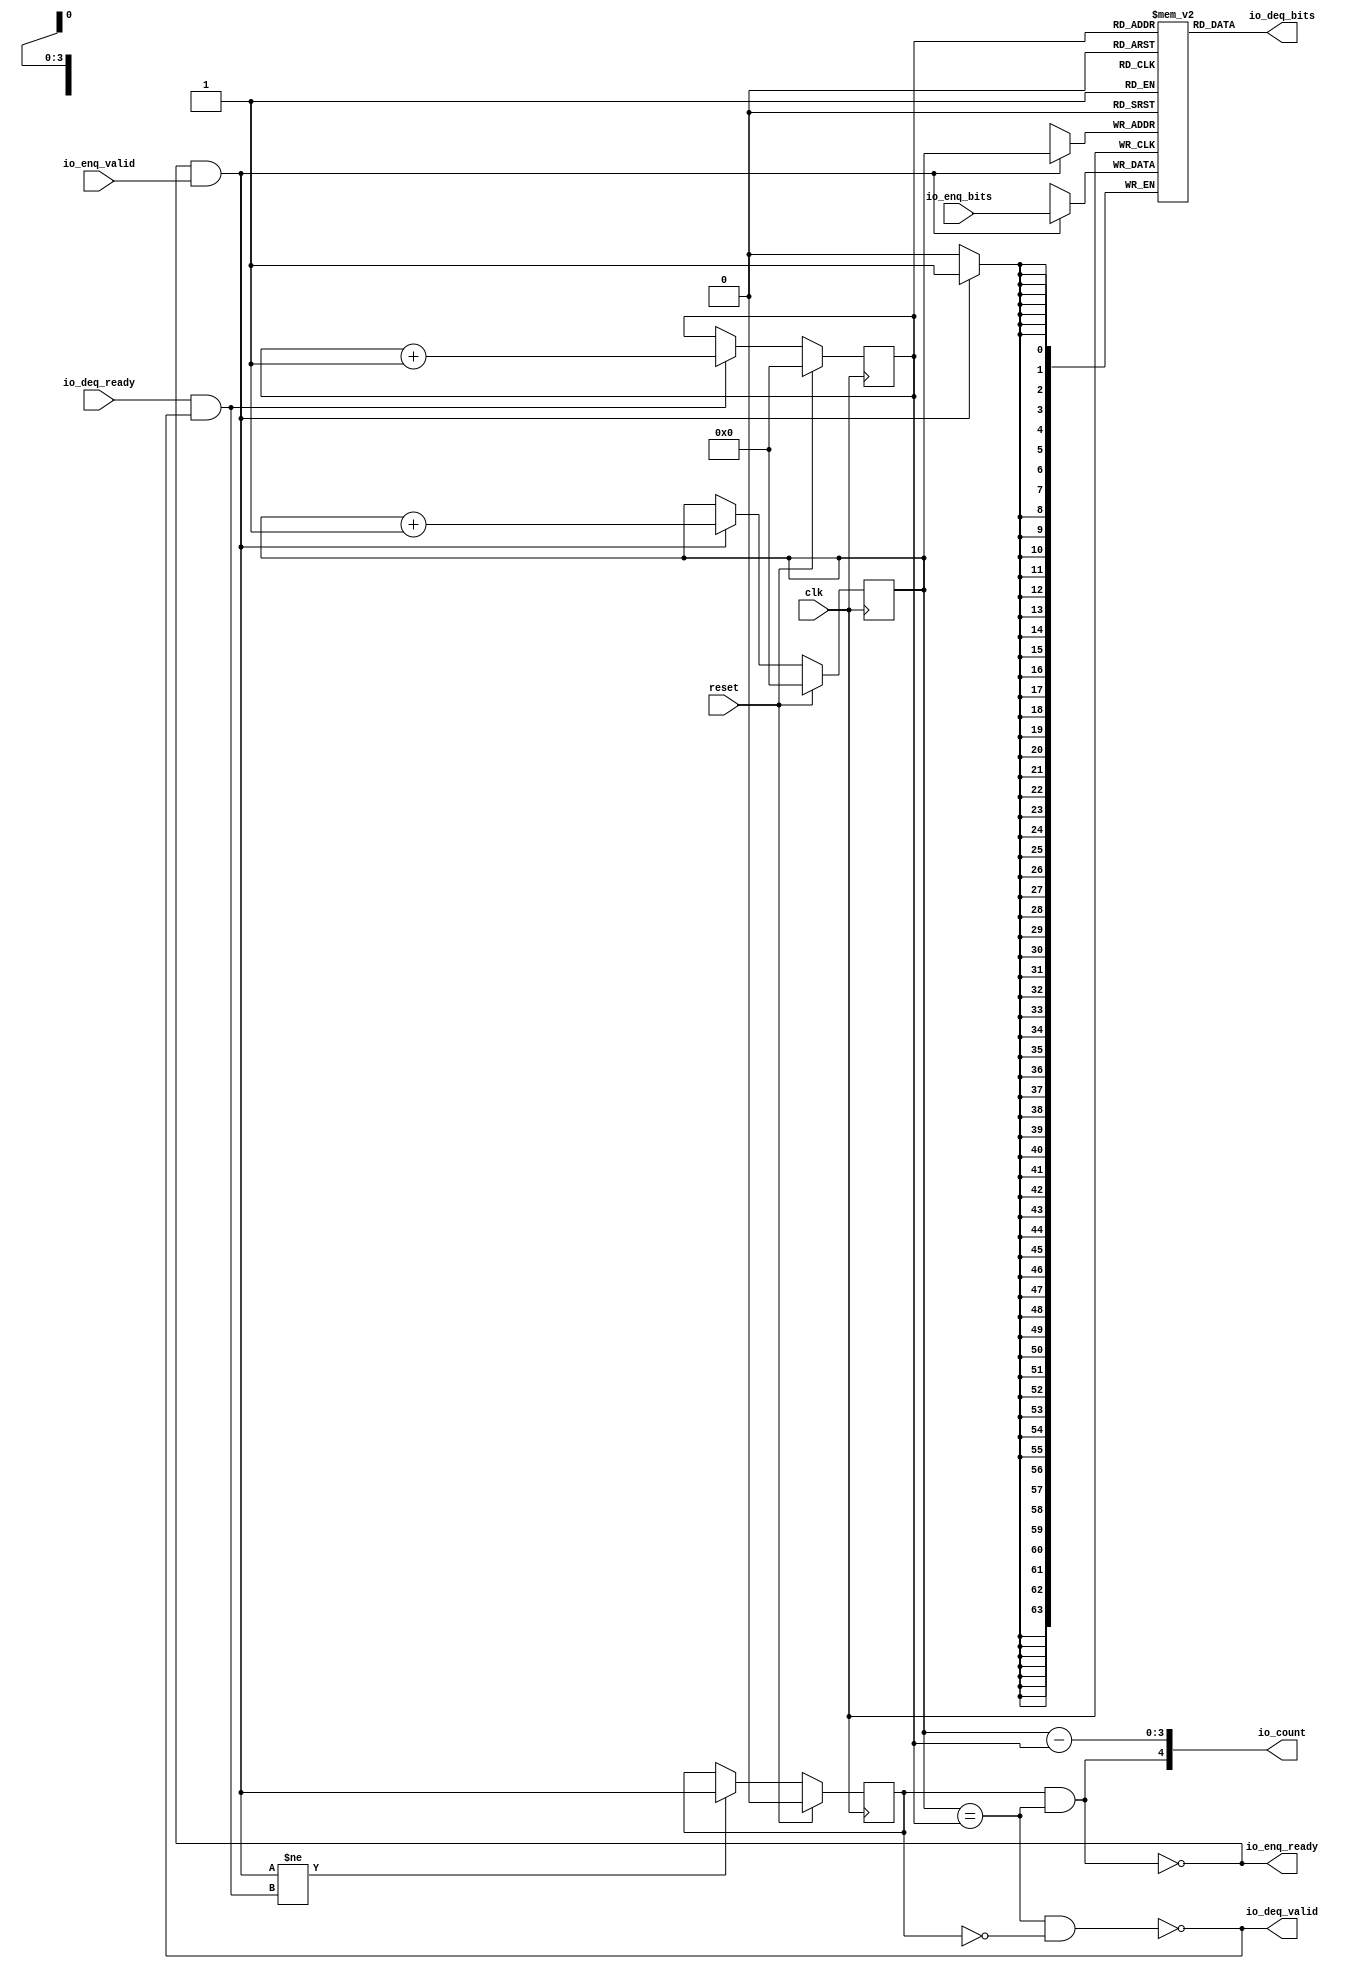
module Queue(input clk, input reset,
    output io_enq_ready,
    input  io_enq_valid,
    input [63:0] io_enq_bits,
    input  io_deq_ready,
    output io_deq_valid,
    output[63:0] io_deq_bits,
    output[4:0] io_count
);

  wire[4:0] T0;
  wire[3:0] ptr_diff;
  reg [3:0] R1;
  wire[3:0] T15;
  wire[3:0] T2;
  wire[3:0] T3;
  wire do_deq;
  reg [3:0] R4;
  wire[3:0] T16;
  wire[3:0] T5;
  wire[3:0] T6;
  wire do_enq;
  wire T7;
  wire ptr_match;
  reg  maybe_full;
  wire T17;
  wire T8;
  wire T9;
  wire[63:0] T10;
  reg [63:0] ram [15:0];
  wire[63:0] T11;
  wire T12;
  wire empty;
  wire T13;
  wire T14;
  wire full;

`ifndef SYNTHESIS
// synthesis translate_off
  integer initvar;
  initial begin
    #0.002;
    R1 = {1{$random}};
    R4 = {1{$random}};
    maybe_full = {1{$random}};
    for (initvar = 0; initvar < 16; initvar = initvar+1)
      ram[initvar] = {2{$random}};
  end
// synthesis translate_on
`endif

  assign io_count = T0;
  assign T0 = {T7, ptr_diff};
  assign ptr_diff = R4 - R1;
  assign T15 = reset ? 4'h0 : T2;
  assign T2 = do_deq ? T3 : R1;
  assign T3 = R1 + 4'h1;
  assign do_deq = io_deq_ready & io_deq_valid;
  assign T16 = reset ? 4'h0 : T5;
  assign T5 = do_enq ? T6 : R4;
  assign T6 = R4 + 4'h1;
  assign do_enq = io_enq_ready & io_enq_valid;
  assign T7 = maybe_full & ptr_match;
  assign ptr_match = R4 == R1;
  assign T17 = reset ? 1'h0 : T8;
  assign T8 = T9 ? do_enq : maybe_full;
  assign T9 = do_enq != do_deq;
  assign io_deq_bits = T10;
  assign T10 = ram[R1];
  assign io_deq_valid = T12;
  assign T12 = empty ^ 1'h1;
  assign empty = ptr_match & T13;
  assign T13 = maybe_full ^ 1'h1;
  assign io_enq_ready = T14;
  assign T14 = full ^ 1'h1;
  assign full = ptr_match & maybe_full;

  always @(posedge clk) begin
    if(reset) begin
      R1 <= 4'h0;
    end else if(do_deq) begin
      R1 <= T3;
    end
    if(reset) begin
      R4 <= 4'h0;
    end else if(do_enq) begin
      R4 <= T6;
    end
    if(reset) begin
      maybe_full <= 1'h0;
    end else if(T9) begin
      maybe_full <= do_enq;
    end
    if (do_enq)
      ram[R4] <= io_enq_bits;
  end
endmodule

module ResultDumper(input clk, input reset,
    input  io_start,
    input [15:0] io_wordCount,
    output io_finished,
    output[19:0] io_readAddr1,
    output[19:0] io_readAddr2,
    input [31:0] io_readData1,
    input [31:0] io_readData2,
    input  resultVector_TREADY,
    output resultVector_TVALID,
    output[63:0] resultVector_TDATA
);

  wire[63:0] T0;
  reg  regValid3;
  wire T37;
  reg  regValid2;
  wire T38;
  reg  regValid1;
  wire T39;
  wire T1;
  wire T2;
  wire T3;
  reg [3:0] regReqCount;
  wire[3:0] T40;
  wire[31:0] T41;
  wire[31:0] T4;
  wire[31:0] T5;
  wire[31:0] T42;
  wire[3:0] T6;
  wire T7;
  reg [1:0] regState;
  wire[1:0] T43;
  wire[1:0] T8;
  wire[1:0] T9;
  wire[1:0] T10;
  wire[1:0] T11;
  wire[1:0] T12;
  wire T13;
  wire T14;
  wire T15;
  reg [31:0] regWordsLeft;
  wire[31:0] T44;
  wire[31:0] T16;
  wire[31:0] T17;
  wire[31:0] T45;
  wire[31:0] T18;
  wire T19;
  wire T20;
  wire T21;
  wire T22;
  wire T23;
  wire[31:0] T24;
  wire T25;
  wire T26;
  wire T27;
  wire hasRoom;
  wire T28;
  wire[31:0] T46;
  wire[3:0] T29;
  wire T30;
  wire[19:0] T47;
  wire[24:0] T31;
  wire[19:0] T32;
  reg [19:0] regReadAddr;
  wire[19:0] T48;
  wire[19:0] T33;
  wire[19:0] T34;
  wire[19:0] T35;
  wire[19:0] T49;
  wire[24:0] T36;
  wire resDumpQueue_io_deq_valid;
  wire[63:0] resDumpQueue_io_deq_bits;
  wire[4:0] resDumpQueue_io_count;

`ifndef SYNTHESIS
// synthesis translate_off
  integer initvar;
  initial begin
    #0.002;
    regValid3 = {1{$random}};
    regValid2 = {1{$random}};
    regValid1 = {1{$random}};
    regReqCount = {1{$random}};
    regState = {1{$random}};
    regWordsLeft = {1{$random}};
    regReadAddr = {1{$random}};
  end
// synthesis translate_on
`endif

  assign T0 = {io_readData2, io_readData1};
  assign T37 = reset ? 1'h0 : regValid2;
  assign T38 = reset ? 1'h0 : regValid1;
  assign T39 = reset ? 1'h0 : T1;
  assign T1 = T30 & T2;
  assign T2 = T3 ^ 1'h1;
  assign T3 = regReqCount == 4'h0;
  assign T40 = T41[2'h3:1'h0];
  assign T41 = reset ? 32'h0 : T4;
  assign T4 = T1 ? T46 : T5;
  assign T5 = T26 ? T24 : T42;
  assign T42 = {28'h0, T6};
  assign T6 = T7 ? 4'h0 : regReqCount;
  assign T7 = 2'h0 == regState;
  assign T43 = reset ? 2'h0 : T8;
  assign T8 = T21 ? 2'h0 : T9;
  assign T9 = T20 ? 2'h1 : T10;
  assign T10 = T26 ? 2'h2 : T11;
  assign T11 = T14 ? 2'h3 : T12;
  assign T12 = T13 ? 2'h1 : regState;
  assign T13 = T7 & io_start;
  assign T14 = T19 & T15;
  assign T15 = regWordsLeft == 32'h0;
  assign T44 = reset ? 32'h0 : T16;
  assign T16 = T1 ? T18 : T17;
  assign T17 = T7 ? T45 : regWordsLeft;
  assign T45 = {16'h0, io_wordCount};
  assign T18 = regWordsLeft - 32'h1;
  assign T19 = 2'h1 == regState;
  assign T20 = T30 & T3;
  assign T21 = T23 & T22;
  assign T22 = io_start ^ 1'h1;
  assign T23 = 2'h3 == regState;
  assign T24 = T25 ? 32'h3 : regWordsLeft;
  assign T25 = 32'h3 < regWordsLeft;
  assign T26 = T19 & T27;
  assign T27 = T28 & hasRoom;
  assign hasRoom = resDumpQueue_io_count < 5'h9;
  assign T28 = T15 ^ 1'h1;
  assign T46 = {28'h0, T29};
  assign T29 = regReqCount - 4'h1;
  assign T30 = 2'h2 == regState;
  assign resultVector_TDATA = resDumpQueue_io_deq_bits;
  assign resultVector_TVALID = resDumpQueue_io_deq_valid;
  assign io_readAddr2 = T47;
  assign T47 = T31[5'h13:1'h0];
  assign T31 = T32 << 3'h5;
  assign T32 = regReadAddr + 20'h1;
  assign T48 = reset ? 20'h0 : T33;
  assign T33 = T1 ? T35 : T34;
  assign T34 = T7 ? 20'h0 : regReadAddr;
  assign T35 = regReadAddr + 20'h2;
  assign io_readAddr1 = T49;
  assign T49 = T36[5'h13:1'h0];
  assign T36 = regReadAddr << 3'h5;
  assign io_finished = T23;
  Queue resDumpQueue(.clk(clk), .reset(reset),
       //.io_enq_ready(  )
       .io_enq_valid( regValid3 ),
       .io_enq_bits( T0 ),
       .io_deq_ready( resultVector_TREADY ),
       .io_deq_valid( resDumpQueue_io_deq_valid ),
       .io_deq_bits( resDumpQueue_io_deq_bits ),
       .io_count( resDumpQueue_io_count )
  );

  always @(posedge clk) begin
    if(reset) begin
      regValid3 <= 1'h0;
    end else begin
      regValid3 <= regValid2;
    end
    if(reset) begin
      regValid2 <= 1'h0;
    end else begin
      regValid2 <= regValid1;
    end
    if(reset) begin
      regValid1 <= 1'h0;
    end else begin
      regValid1 <= T1;
    end
    regReqCount <= T40;
    if(reset) begin
      regState <= 2'h0;
    end else if(T21) begin
      regState <= 2'h0;
    end else if(T20) begin
      regState <= 2'h1;
    end else if(T26) begin
      regState <= 2'h2;
    end else if(T14) begin
      regState <= 2'h3;
    end else if(T13) begin
      regState <= 2'h1;
    end
    if(reset) begin
      regWordsLeft <= 32'h0;
    end else if(T1) begin
      regWordsLeft <= T18;
    end else if(T7) begin
      regWordsLeft <= T45;
    end
    if(reset) begin
      regReadAddr <= 20'h0;
    end else if(T1) begin
      regReadAddr <= T35;
    end else if(T7) begin
      regReadAddr <= 20'h0;
    end
  end
endmodule

module SparseFrontierFrontend(input clk, input reset,
    input [31:0] io_ctrl,
    output[31:0] io_state,
    input [31:0] io_rowCount,
    output[31:0] io_frontierSize,
    input [31:0] io_expectedFrontierSize,
    output[31:0] io_processedNZCount,
    output rowIndData_TREADY,
    input  rowIndData_TVALID,
    input [63:0] rowIndData_TDATA,
    output rowIndMetadata_TREADY,
    input  rowIndMetadata_TVALID,
    input [31:0] rowIndMetadata_TDATA,
    output[19:0] io_resMemPort1_addr,
    input [31:0] io_resMemPort1_dataRead,
    output io_resMemPort1_writeEn,
    output io_resMemPort1_dataWrite,
    output[19:0] io_resMemPort2_addr,
    input [31:0] io_resMemPort2_dataRead,
    output io_resMemPort2_writeEn,
    output io_resMemPort2_dataWrite,
    input  resultVectorOut_TREADY,
    output resultVectorOut_TVALID,
    output[63:0] resultVectorOut_TDATA
);

  wire[15:0] T0;
  reg [31:0] regRowCount;
  wire[31:0] T87;
  wire[31:0] T1;
  wire T2;
  reg [2:0] regState;
  wire[2:0] T88;
  wire[2:0] T3;
  wire[2:0] T4;
  wire[2:0] T5;
  wire[2:0] T6;
  wire[2:0] T7;
  wire[2:0] T8;
  wire[2:0] T9;
  wire[2:0] T10;
  wire[2:0] T11;
  wire T12;
  wire enableBRAMReset;
  wire T13;
  wire startAccel;
  wire T14;
  wire T15;
  wire enableBRAMDump;
  wire T16;
  wire T17;
  wire T18;
  wire T19;
  wire T20;
  wire T21;
  wire[31:0] T89;
  reg [19:0] regResetAddr;
  wire[19:0] T90;
  wire[19:0] T22;
  wire[19:0] T23;
  wire[19:0] T24;
  wire T25;
  wire T26;
  wire[31:0] T27;
  wire T28;
  wire T29;
  wire T30;
  wire T31;
  wire T32;
  reg [31:0] regFrontierSize;
  wire[31:0] T91;
  wire[31:0] T33;
  wire[31:0] T34;
  wire[31:0] T35;
  wire T36;
  wire T37;
  wire T38;
  wire T39;
  wire T40;
  wire T41;
  reg [30:0] regRowIndsLeftInCol;
  wire[30:0] T92;
  wire[30:0] T42;
  wire[30:0] T43;
  wire[30:0] T44;
  wire[30:0] T45;
  wire[30:0] T46;
  wire[30:0] T47;
  wire T48;
  wire T49;
  reg  regAligned;
  wire T93;
  wire T50;
  wire T51;
  wire T52;
  wire T53;
  wire T54;
  wire T55;
  wire T56;
  wire[30:0] T57;
  wire T58;
  wire T59;
  wire T60;
  wire T61;
  wire[30:0] T62;
  wire T63;
  wire T64;
  wire T65;
  wire T66;
  wire T67;
  wire T68;
  reg  regStartDump;
  wire T94;
  wire T69;
  wire T70;
  wire T71;
  wire T72;
  wire T73;
  wire[19:0] T95;
  wire[31:0] T74;
  wire[31:0] T75;
  wire[31:0] rowIndUpper;
  wire[31:0] T96;
  wire[31:0] T97;
  wire[19:0] T76;
  wire T77;
  wire[19:0] T98;
  wire[31:0] T78;
  wire[31:0] T79;
  wire[31:0] rowIndLower;
  wire[31:0] T99;
  wire[31:0] T100;
  reg [31:0] regNZCount;
  wire[31:0] T101;
  wire[31:0] T80;
  wire[31:0] T81;
  wire[31:0] T82;
  wire[31:0] T83;
  wire[31:0] T84;
  wire[31:0] T85;
  wire[31:0] T86;
  wire[31:0] T102;
  wire resDump_io_finished;
  wire[19:0] resDump_io_readAddr1;
  wire[19:0] resDump_io_readAddr2;
  wire resDump_resultVector_TVALID;
  wire[63:0] resDump_resultVector_TDATA;

`ifndef SYNTHESIS
// synthesis translate_off
  integer initvar;
  initial begin
    #0.002;
    regRowCount = {1{$random}};
    regState = {1{$random}};
    regResetAddr = {1{$random}};
    regFrontierSize = {1{$random}};
    regRowIndsLeftInCol = {1{$random}};
    regAligned = {1{$random}};
    regStartDump = {1{$random}};
    regNZCount = {1{$random}};
  end
// synthesis translate_on
`endif

  assign T0 = regRowCount[5'h15:3'h6];
  assign T87 = reset ? 32'h0 : T1;
  assign T1 = T2 ? io_rowCount : regRowCount;
  assign T2 = 3'h0 == regState;
  assign T88 = reset ? 3'h0 : T3;
  assign T3 = T66 ? 3'h0 : T4;
  assign T4 = T40 ? 3'h3 : T5;
  assign T5 = T37 ? 3'h4 : T6;
  assign T6 = T31 ? 3'h5 : T7;
  assign T7 = T29 ? 3'h5 : T8;
  assign T8 = T20 ? 3'h5 : T9;
  assign T9 = T17 ? 3'h3 : T10;
  assign T10 = T14 ? 3'h2 : T11;
  assign T11 = T12 ? 3'h1 : regState;
  assign T12 = T13 & enableBRAMReset;
  assign enableBRAMReset = io_ctrl[2'h2:2'h2];
  assign T13 = T2 & startAccel;
  assign startAccel = io_ctrl[1'h0:1'h0];
  assign T14 = T13 & T15;
  assign T15 = T16 & enableBRAMDump;
  assign enableBRAMDump = io_ctrl[1'h1:1'h1];
  assign T16 = enableBRAMReset ^ 1'h1;
  assign T17 = T13 & T18;
  assign T18 = T19 ^ 1'h1;
  assign T19 = enableBRAMReset | enableBRAMDump;
  assign T20 = T28 & T21;
  assign T21 = T27 <= T89;
  assign T89 = {12'h0, regResetAddr};
  assign T90 = reset ? 20'h0 : T22;
  assign T22 = T25 ? T24 : T23;
  assign T23 = T2 ? 20'h0 : regResetAddr;
  assign T24 = regResetAddr + 20'h2;
  assign T25 = T28 & T26;
  assign T26 = T21 ^ 1'h1;
  assign T27 = regRowCount - 32'h1;
  assign T28 = 3'h1 == regState;
  assign T29 = T30 & resDump_io_finished;
  assign T30 = 3'h2 == regState;
  assign T31 = T36 & T32;
  assign T32 = regFrontierSize == io_expectedFrontierSize;
  assign T91 = reset ? 32'h0 : T33;
  assign T33 = T37 ? T35 : T34;
  assign T34 = T17 ? 32'h0 : regFrontierSize;
  assign T35 = regFrontierSize + 32'h1;
  assign T36 = 3'h3 == regState;
  assign T37 = T38 & rowIndMetadata_TVALID;
  assign T38 = T36 & T39;
  assign T39 = T32 ^ 1'h1;
  assign T40 = T65 & T41;
  assign T41 = regRowIndsLeftInCol == 31'h0;
  assign T92 = reset ? 31'h0 : T42;
  assign T42 = T63 ? T62 : T43;
  assign T43 = T58 ? T57 : T44;
  assign T44 = T48 ? T47 : T45;
  assign T45 = T38 ? T46 : regRowIndsLeftInCol;
  assign T46 = rowIndMetadata_TDATA[5'h1e:1'h0];
  assign T47 = regRowIndsLeftInCol - 31'h1;
  assign T48 = T54 & T49;
  assign T49 = regAligned == 1'h0;
  assign T93 = reset ? 1'h0 : T50;
  assign T50 = T58 ? 1'h0 : T51;
  assign T51 = T48 ? 1'h1 : T52;
  assign T52 = T38 ? T53 : regAligned;
  assign T53 = rowIndMetadata_TDATA[5'h1f:5'h1f];
  assign T54 = T55 & rowIndData_TVALID;
  assign T55 = T65 & T56;
  assign T56 = T41 ^ 1'h1;
  assign T57 = regRowIndsLeftInCol - 31'h1;
  assign T58 = T60 & T59;
  assign T59 = regRowIndsLeftInCol == 31'h1;
  assign T60 = T54 & T61;
  assign T61 = T49 ^ 1'h1;
  assign T62 = regRowIndsLeftInCol - 31'h2;
  assign T63 = T60 & T64;
  assign T64 = T59 ^ 1'h1;
  assign T65 = 3'h4 == regState;
  assign T66 = T68 & T67;
  assign T67 = startAccel ^ 1'h1;
  assign T68 = 3'h5 == regState;
  assign T94 = reset ? 1'h0 : T69;
  assign T69 = T29 ? 1'h0 : T70;
  assign T70 = T14 ? 1'h1 : T71;
  assign T71 = T2 ? 1'h0 : regStartDump;
  assign resultVectorOut_TDATA = resDump_resultVector_TDATA;
  assign resultVectorOut_TVALID = resDump_resultVector_TVALID;
  assign io_resMemPort2_dataWrite = T65;
  assign io_resMemPort2_writeEn = T72;
  assign T72 = T63 ? 1'h1 : T73;
  assign T73 = T48 ? 1'h1 : T25;
  assign io_resMemPort2_addr = T95;
  assign T95 = T74[5'h13:1'h0];
  assign T74 = T25 ? T97 : T75;
  assign T75 = regStartDump ? T96 : rowIndUpper;
  assign rowIndUpper = rowIndData_TDATA[6'h3f:6'h20];
  assign T96 = {12'h0, resDump_io_readAddr2};
  assign T97 = {12'h0, T76};
  assign T76 = regResetAddr + 20'h1;
  assign io_resMemPort1_dataWrite = T65;
  assign io_resMemPort1_writeEn = T77;
  assign T77 = T60 ? 1'h1 : T25;
  assign io_resMemPort1_addr = T98;
  assign T98 = T78[5'h13:1'h0];
  assign T78 = T25 ? T100 : T79;
  assign T79 = regStartDump ? T99 : rowIndLower;
  assign rowIndLower = rowIndData_TDATA[5'h1f:1'h0];
  assign T99 = {12'h0, resDump_io_readAddr1};
  assign T100 = {12'h0, regResetAddr};
  assign rowIndMetadata_TREADY = T38;
  assign rowIndData_TREADY = T55;
  assign io_processedNZCount = regNZCount;
  assign T101 = reset ? 32'h0 : T80;
  assign T80 = T63 ? T86 : T81;
  assign T81 = T58 ? T85 : T82;
  assign T82 = T48 ? T84 : T83;
  assign T83 = T17 ? 32'h0 : regNZCount;
  assign T84 = regNZCount + 32'h1;
  assign T85 = regNZCount + 32'h1;
  assign T86 = regNZCount + 32'h2;
  assign io_frontierSize = regFrontierSize;
  assign io_state = T102;
  assign T102 = {29'h0, regState};
  ResultDumper resDump(.clk(clk), .reset(reset),
       .io_start( regStartDump ),
       .io_wordCount( T0 ),
       .io_finished( resDump_io_finished ),
       .io_readAddr1( resDump_io_readAddr1 ),
       .io_readAddr2( resDump_io_readAddr2 ),
       .io_readData1( io_resMemPort1_dataRead ),
       .io_readData2( io_resMemPort2_dataRead ),
       .resultVector_TREADY( resultVectorOut_TREADY ),
       .resultVector_TVALID( resDump_resultVector_TVALID ),
       .resultVector_TDATA( resDump_resultVector_TDATA )
  );

  always @(posedge clk) begin
    if(reset) begin
      regRowCount <= 32'h0;
    end else if(T2) begin
      regRowCount <= io_rowCount;
    end
    if(reset) begin
      regState <= 3'h0;
    end else if(T66) begin
      regState <= 3'h0;
    end else if(T40) begin
      regState <= 3'h3;
    end else if(T37) begin
      regState <= 3'h4;
    end else if(T31) begin
      regState <= 3'h5;
    end else if(T29) begin
      regState <= 3'h5;
    end else if(T20) begin
      regState <= 3'h5;
    end else if(T17) begin
      regState <= 3'h3;
    end else if(T14) begin
      regState <= 3'h2;
    end else if(T12) begin
      regState <= 3'h1;
    end
    if(reset) begin
      regResetAddr <= 20'h0;
    end else if(T25) begin
      regResetAddr <= T24;
    end else if(T2) begin
      regResetAddr <= 20'h0;
    end
    if(reset) begin
      regFrontierSize <= 32'h0;
    end else if(T37) begin
      regFrontierSize <= T35;
    end else if(T17) begin
      regFrontierSize <= 32'h0;
    end
    if(reset) begin
      regRowIndsLeftInCol <= 31'h0;
    end else if(T63) begin
      regRowIndsLeftInCol <= T62;
    end else if(T58) begin
      regRowIndsLeftInCol <= T57;
    end else if(T48) begin
      regRowIndsLeftInCol <= T47;
    end else if(T38) begin
      regRowIndsLeftInCol <= T46;
    end
    if(reset) begin
      regAligned <= 1'h0;
    end else if(T58) begin
      regAligned <= 1'h0;
    end else if(T48) begin
      regAligned <= 1'h1;
    end else if(T38) begin
      regAligned <= T53;
    end
    if(reset) begin
      regStartDump <= 1'h0;
    end else if(T29) begin
      regStartDump <= 1'h0;
    end else if(T14) begin
      regStartDump <= 1'h1;
    end else if(T2) begin
      regStartDump <= 1'h0;
    end
    if(reset) begin
      regNZCount <= 32'h0;
    end else if(T63) begin
      regNZCount <= T86;
    end else if(T58) begin
      regNZCount <= T85;
    end else if(T48) begin
      regNZCount <= T84;
    end else if(T17) begin
      regNZCount <= 32'h0;
    end
  end
endmodule